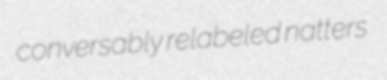
conversably relabeled natters